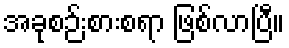
အခုစဉ်းစားစရာ ဖြစ်လာပြီ။